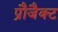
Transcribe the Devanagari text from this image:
प्रौजैक्ट